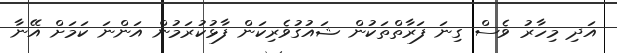
އަދި މިހާރު ވެސް ގިނަ ފަރާތްތަކުން ޝައުގުވެރިކަން ފާޅުކުރަމުން އަންނަ ކަމަށް އޭނާ